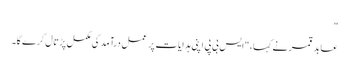
"
عابد قمر نے کہا، "ایس بی پی اپنی ہدایات پر عمل درآمد کی مکمل پڑتال کرے گا۔